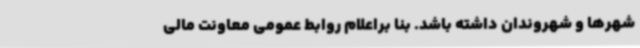
شهرها و شهروندان داشته باشد. بنا براعلام روابط عمومی معاونت مالی